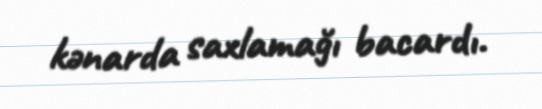
kənarda saxlamağı bacardı.